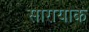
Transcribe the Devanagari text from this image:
सारायाक